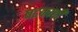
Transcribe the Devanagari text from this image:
षटकाची